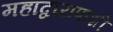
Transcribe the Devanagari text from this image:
महाद्वारापाशी